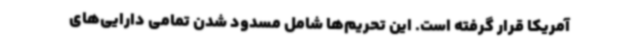
آمریکا قرار گرفته است. این تحریم‌ها شامل مسدود شدن تمامی دارایی‌های